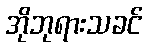
အိုဘုရားသခင်